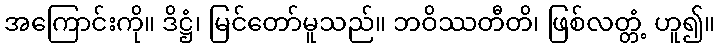
အကြောင်းကို။ ဒိဋ္ဌံ၊ မြင်တော်မူသည်။ ဘဝိဿတီတိ၊ ဖြစ်လတ္တံ့ ဟူ၍။